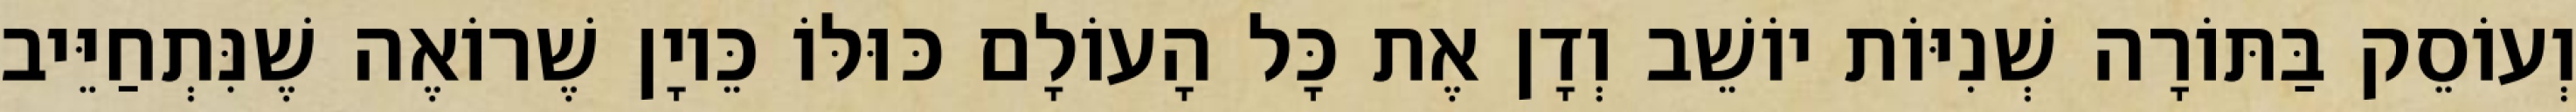
וְעוֹסֵק בַּתּוֹרָה שְׁנִיּוֹת יוֹשֵׁב וְדָן אֶת כָּל הָעוֹלָם כּוּלּוֹ כֵּיוָן שֶׁרוֹאֶה שֶׁנִּתְחַיֵּיב